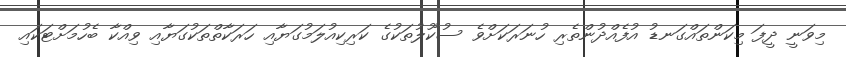
މިވަނީ ދީފަ މިކަންތައްގަނޑު އުފެއްދުންތެރި ހުނަރަކަށްވެ ސުކޫލުތަކުގެ ކަރިކިއުލަމުގަޔާއި ހަރަކާތްތަކުގަޔާއި ވިއްކާ ބެހުމަށްޓަކައި